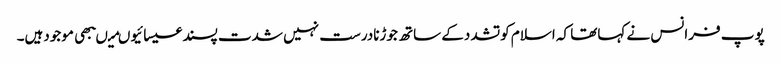
پوپ فرانس نے کہاتھا کہ اسلام کوتشددکے ساتھ جوڑنادرست نہیں شدت پسندعیسائیوںمیںبھی موجودہیں۔